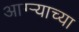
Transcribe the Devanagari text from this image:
आग्‍र्‍याच्या